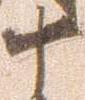
十